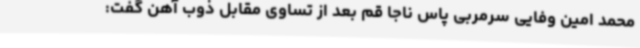
محمد امین وفایی سرمربی پاس ناجا قم بعد از تساوی مقابل ذوب آهن گفت: